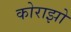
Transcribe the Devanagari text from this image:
कोराझो